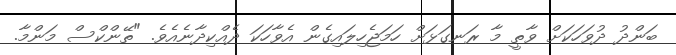
ބަންދު ދުވަހަކަށް ވާތީ މާ ރަނގަޅަށް ހަމަޖެހިލައިގެން އެވާހަކަ ދެއްކިދާނެއެވެ. "ތޭންކްސް މަންމާ.